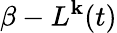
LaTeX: \beta-L^{\mathbf{k}}(t)